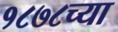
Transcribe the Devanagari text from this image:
१८७८च्या